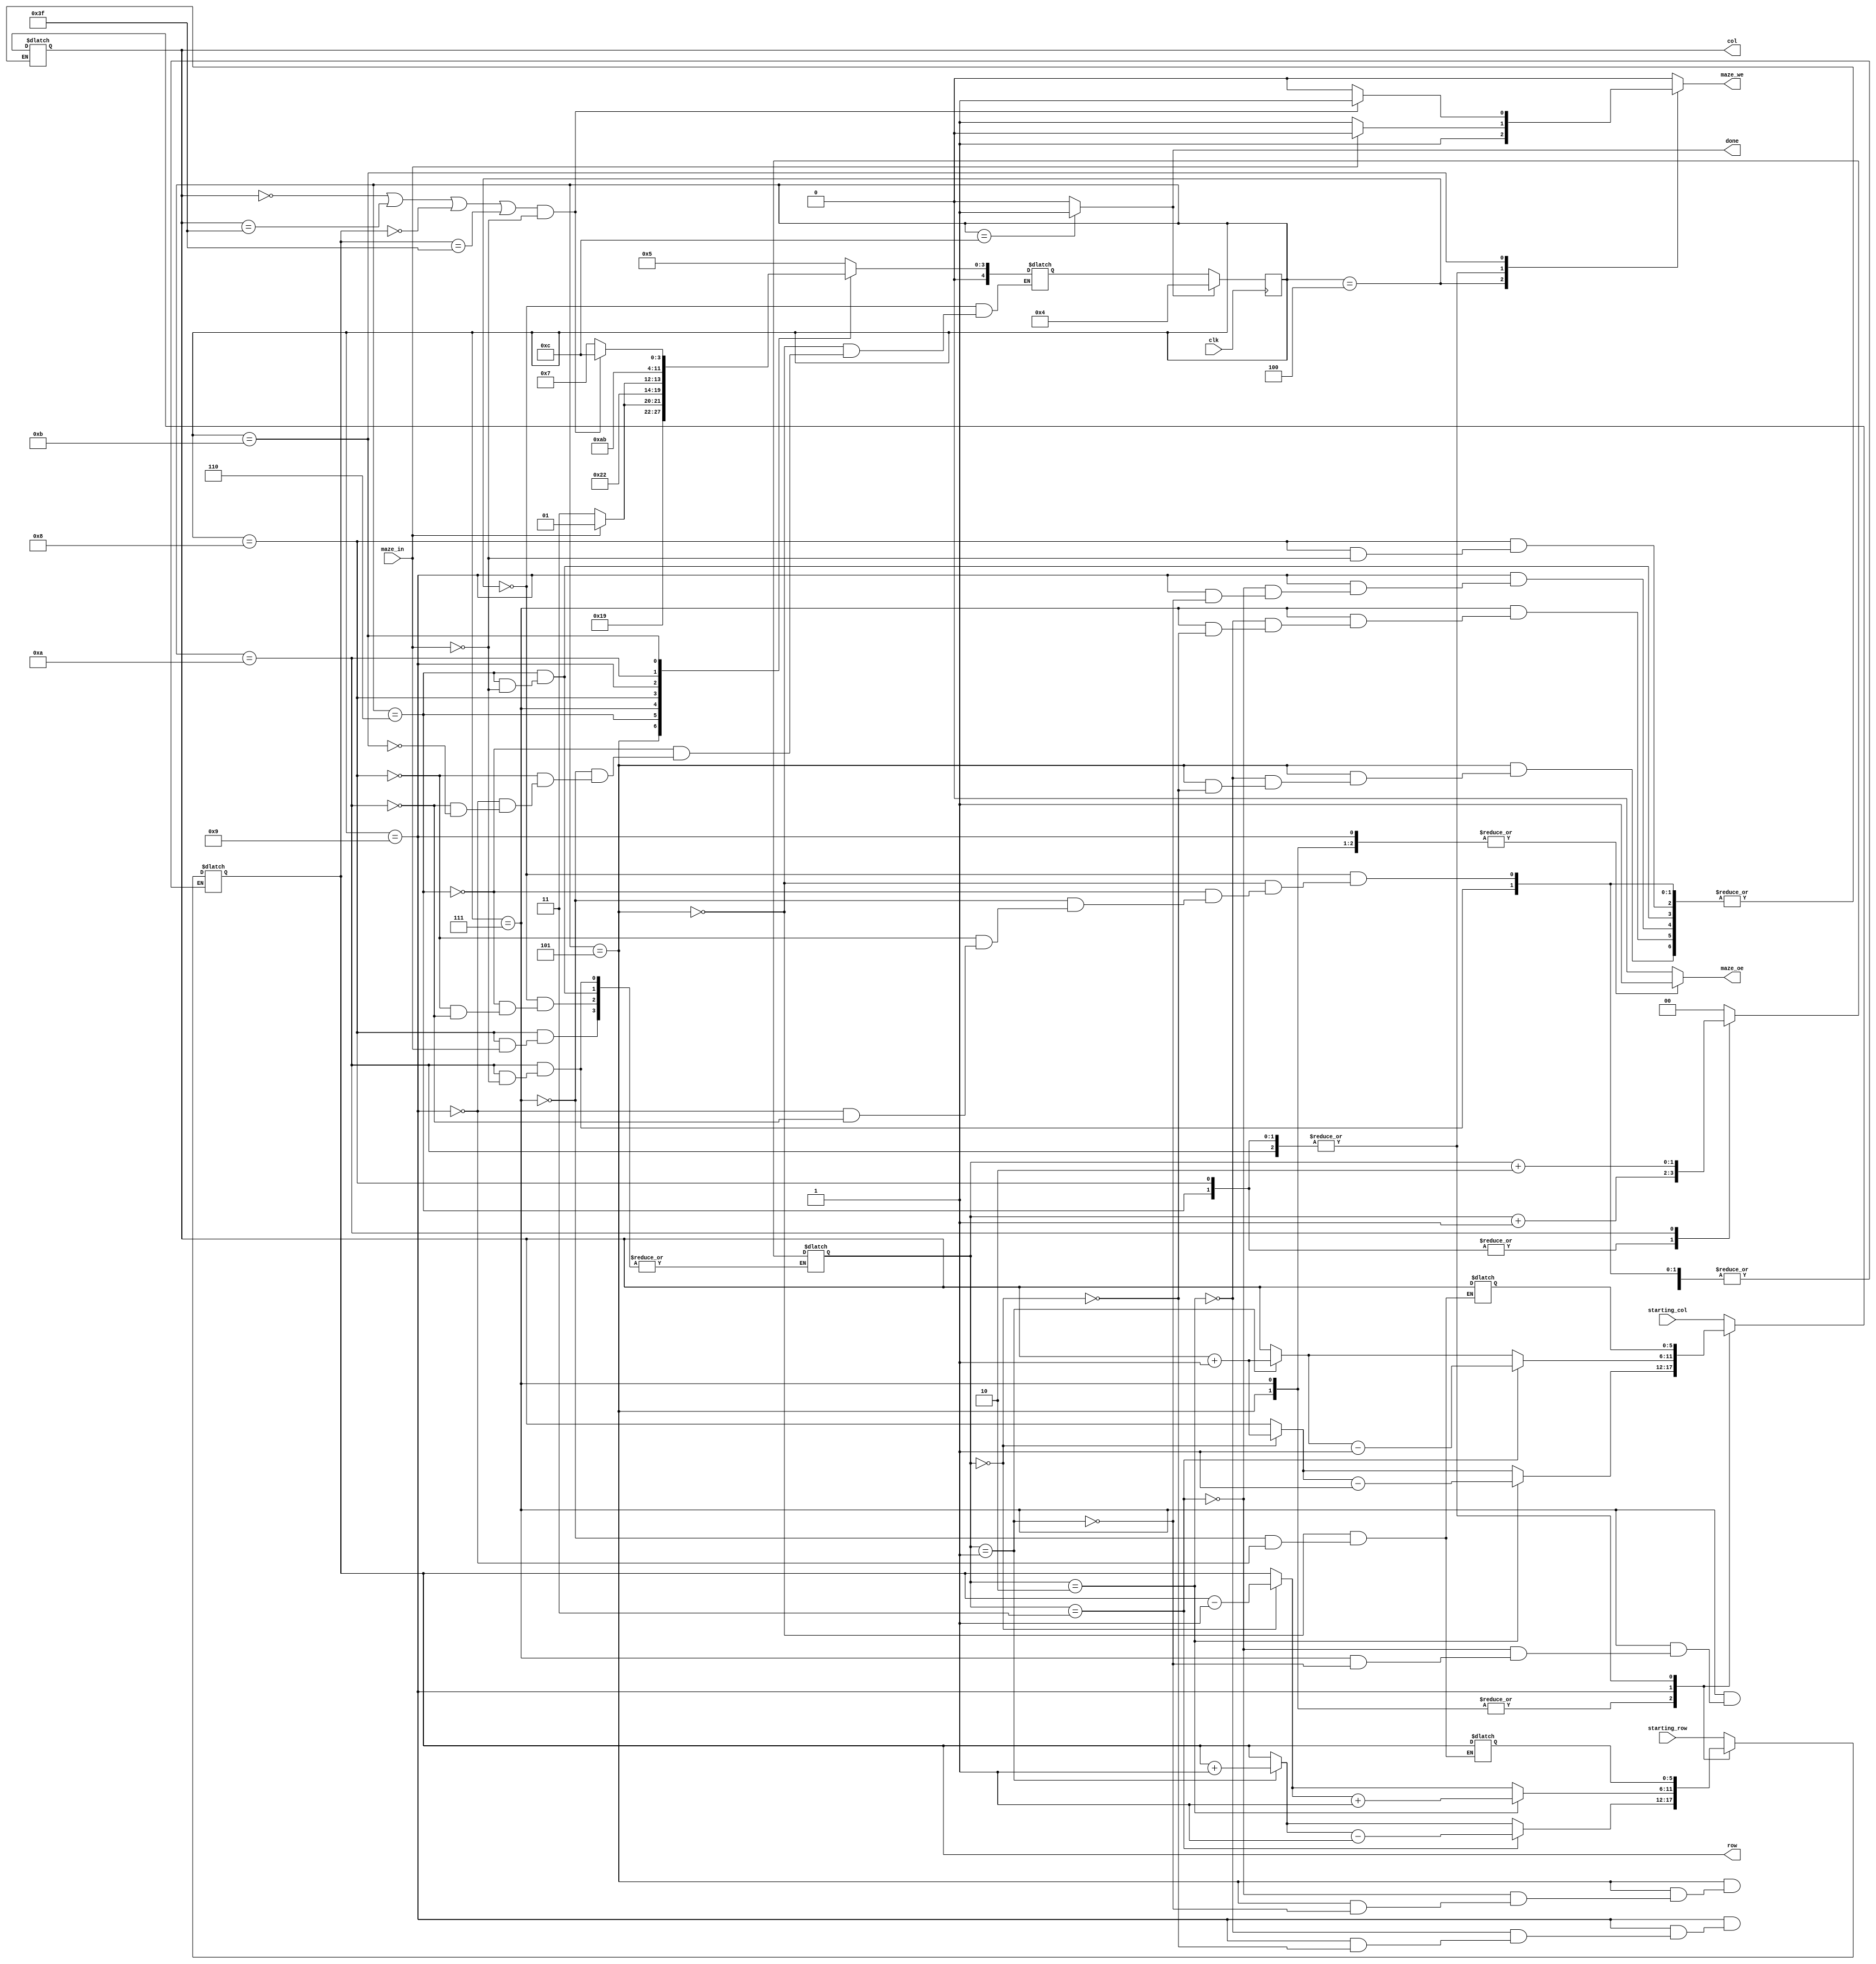
module maze(
input  clk,
input [maze_width - 1:0]  starting_col, starting_row, 	// indicii punctului de start
input  maze_in, 			// ofera informa?ii despre punctul de coordonate [row, col]
output reg [maze_width - 1:0] row, col,	 		// selecteaza un rnd si o coloana din labirint
output reg  maze_oe,			// output enable (activeaza citirea din labirint la rndul ?i coloana date) - semnal sincron	
output reg  maze_we, 			// write enable (activeaza scrierea n labirint la rndul ?i coloana date) - semnal sincron
output reg	done);		 	// ie?irea din labirint a fost gasita; semnalul ramane activ 
 
 
`define up 0
`define right 1
`define down 2
`define left 3
	 
parameter maze_width = 6;
reg [1:0] direction ;
reg [maze_width - 1:0] last_col;
reg [maze_width - 1:0] last_row;

`define start 4
`define where_to_go 5
`define testing_direction 6
`define testing_right_direction 7
`define checking_right_direction 8
`define testing_up_direction 9
`define checking_up_direction 10
`define decision 11
`define final 12

reg [4:0] state = `start, state_next;


always @(posedge clk) begin
      state <= `start;
    if(!done)
        state <= state_next;
	end

always @(*) begin

	maze_oe=0;
	maze_we=0;
	done=0;
	
	case(state)
		
		`start: begin 
		
				row = starting_row; //imi marchez startul cu pozitiile mentionate
				col = starting_col;
				
				direction = `up; //aleg ca prima directie in care ma deplasez este in sus
				
				maze_we = 1;
				state_next = `where_to_go;				
		
		end
		
		`where_to_go: begin
		
		last_col = col; //salvez cele doua pozitii anterioare ca in cazul in care intalnesc un perete sa ma intoc inapoi si sa schimb directia de deplasare
		last_row = row;
		
				if( direction == 0 ) begin
					col = col + 1;
				end
				
				if( direction == 1 ) begin
					row = row + 1;
				end
				
				if( direction == 2 ) begin
					col = col - 1;
				end
				
				if( direction == 3 ) begin
					row = row - 1;
				end
				
				maze_oe = 1;
				state_next = `testing_direction;
		
		end 
		
		`testing_direction: begin
		
		if (maze_in == 0) begin //daca am in fata 0, imi continui drumul schimband directia de deplasare catre dreapta
			
			maze_we = 1;
			state_next = `testing_right_direction; 
			
		end
		
		else begin //totusi, daca am in fata un zid, ma reintorc la cele doua pozitii salvate anterior si efectuez o rotatie de 90 grade catre dreapta
		
		col = last_col;
		row = last_row;
		
		direction = direction + 1; //efectuez rotatia de 90
	
		state_next = `where_to_go; //ma reintorc in starea anterioara ca sa aleg o alta directie
      
		end
      end
			
	 `testing_right_direction: begin //efectuez deplasarea catre dreapta 
		
		last_col = col;
		last_row = row; 
		
				if( direction == 0 ) begin
					col = col + 1;
				end
				
				if( direction == 1 ) begin
					row = row + 1;
				end
				
				if( direction == 2 ) begin
					col = col - 1;
				end
				
				if( direction == 3 ) begin
					row = row - 1;
				end
				
			maze_oe=1;
			state_next =`checking_right_direction;
		
		end
		
		`checking_right_direction: begin //verific daca am perete si stabilesc ce fac in acel caz
			
			if(maze_in == 0) begin
			   
				 direction = direction + 1; //daca am gasit 0 modific directia de deplasare incat sa corespunda cu deplasarea catre dreapta 
				 maze_we = 1;
				 state_next = `decision; //verific daca am ajuns la marginea labirintului si ies
				 
			end
			else begin
			
				row = last_row;
				col = last_col;
				state_next = `testing_up_direction; //daca am zid, ma intorc si ma deplasez inainte
			
			end
		end
		
		`testing_up_direction: begin
		
		 last_col = col;
		 last_row = row;  
			  
			  if( direction == 0 ) begin
					row = row - 1;
				end
				
				if( direction == 1 ) begin
					col = col + 1;
				end
				
				if( direction == 2 ) begin
					row = row + 1;
				end
				
				if( direction == 3 ) begin
					col = col - 1;
				end
		
			maze_oe=1;
			state_next =`checking_up_direction;
		
		end 
		
		`checking_up_direction: begin
			
			if(maze_in == 0) begin
				 maze_we = 1;
			end
			else begin
			
			row = last_row;
			col = last_col;
			direction = direction + 2; //daca in directia noii deplasari gasesc un zid, ma reintorc si fac o rotatie de 180 grade
			
			end
			
			state_next = `decision;
		
		end
		

    `decision: begin
			
			if( (col == 0 || col == 63 || row == 0 || row == 63) && maze_in == 0 ) begin //verific daca ma aflu la capatul labirintului si ies
			
			maze_we = 1;
			state_next = `final;
			
			end
			
			else begin
			
			state_next = `testing_right_direction; //altfel incerc din nou, reluand pasii anteriori
			
			end
		end
	 
	  `final: begin
			
			done = 1;
	  
		end
	  

	endcase
		
end

endmodule